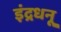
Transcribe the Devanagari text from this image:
इंद्रधनू